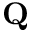
\textbf { Q }